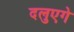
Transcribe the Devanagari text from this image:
दलुएगे